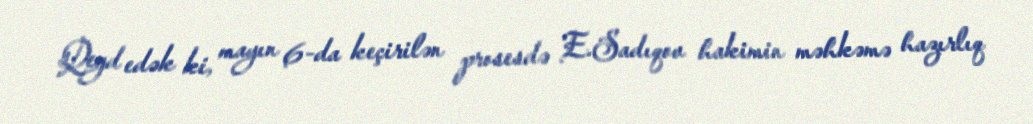
Qeyd edək ki, mayın 6-da keçirilən prosesdə E.Sadıqov hakimin məhkəmə hazırlıq